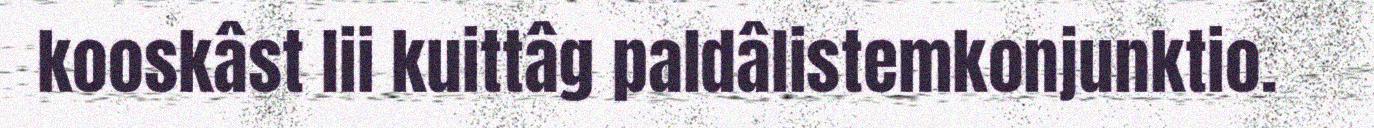
kooskâst lii kuittâg paldâlistemkonjunktio.